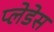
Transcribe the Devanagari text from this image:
प्लेडेस